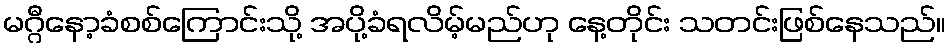
မဂ္ဂီနော့ခံစစ်ကြောင်းသို့ အပို့ခံရလိမ့်မည်ဟု နေ့တိုင်း သတင်းဖြစ်နေသည်။